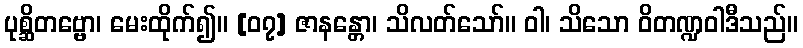
ပုစ္ဆိတဗ္ဗော၊ မေးထိုက်၍။ [၀၇] ဇာနန္တော၊ သိလတ်သော်။ ဝါ၊ သိသော ဝိတဏ္ဍဝါဒီသည်။